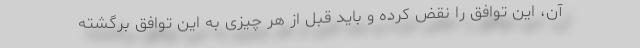
آن، این توافق را نقض کرده و باید قبل از هر چیزی به این توافق برگشته